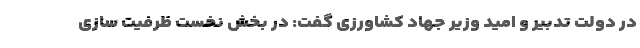
در دولت تدبیر و امید وزیر جهاد کشاورزی گفت: در بخش نخست ظرفیت سازی